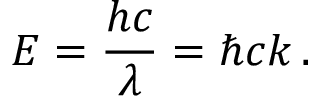
E = { \frac { h c } { \lambda } } = \hbar c k \, .